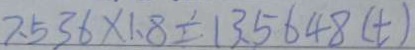
7 . 5 3 6 \times 1 . 8 = 1 3 . 5 6 4 8 ( t )